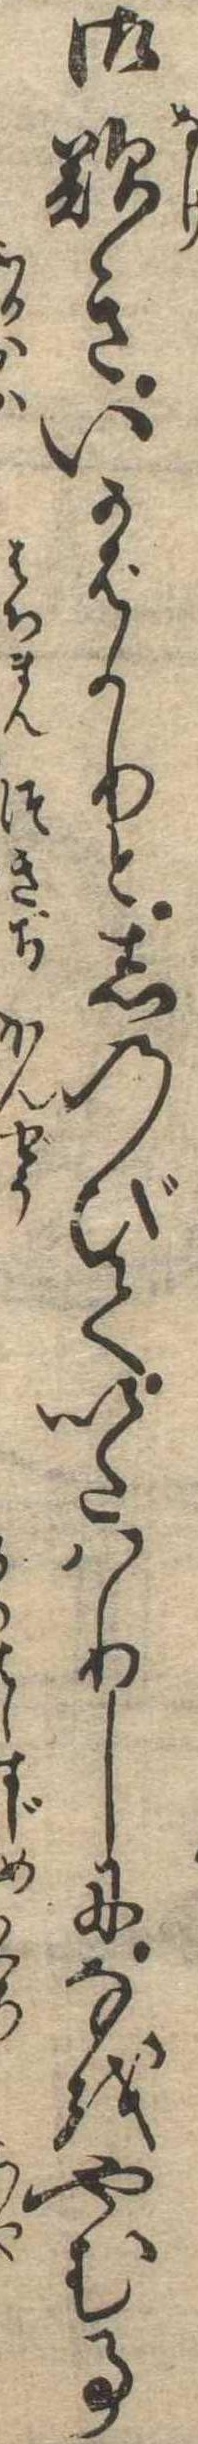
御歎きいかばかりとしのびていたはりしになをやむ事